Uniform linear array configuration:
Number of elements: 12
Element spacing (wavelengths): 0.75
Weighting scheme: hann
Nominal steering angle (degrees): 0
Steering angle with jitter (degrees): -1.105
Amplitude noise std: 0.05
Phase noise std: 0.05

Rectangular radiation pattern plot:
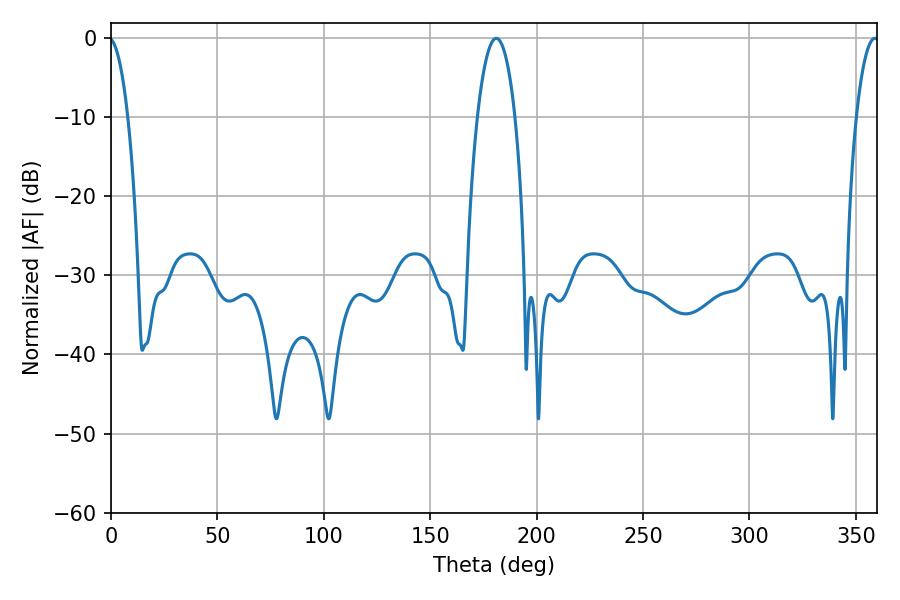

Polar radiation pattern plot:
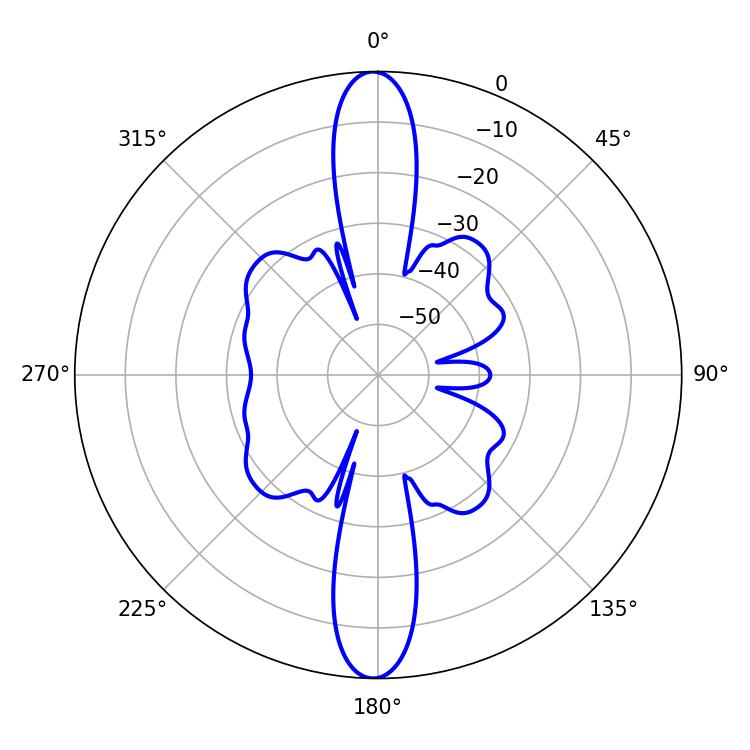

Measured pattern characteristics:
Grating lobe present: TRUE
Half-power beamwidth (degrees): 9.9
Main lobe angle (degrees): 181.08